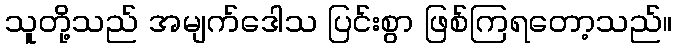
သူတို့သည် အမျက်ဒေါသ ပြင်းစွာ ဖြစ်ကြရတော့သည်။